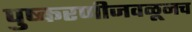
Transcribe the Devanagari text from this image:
पुष्करणीजवळूनच